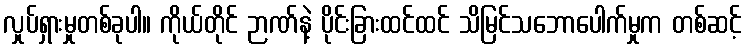
လှုပ်ရှားမှုတစ်ခုပါ။ ကိုယ်တိုင် ဉာဏ်နဲ့ ပိုင်းခြားထင်ထင် သိမြင်သဘောပေါက်မှုက တစ်ဆင့်